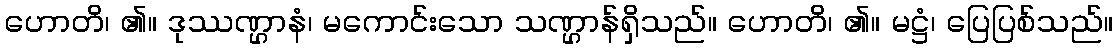
ဟောတိ၊ ၏။ ဒုဿဏ္ဌာနံ၊ မကောင်းသော သဏ္ဌာန်ရှိသည်။ ဟောတိ၊ ၏။ မဋ္ဌံ၊ ပြေပြစ်သည်။